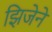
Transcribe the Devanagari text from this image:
झिजेने